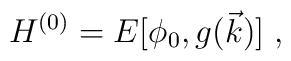
H^{(0)}=E[\phi_0,g(\vec{k})] \; ,